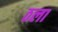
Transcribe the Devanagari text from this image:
ठला